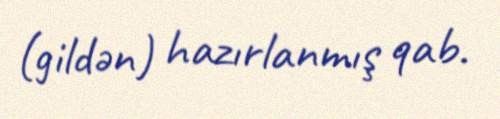
(gildən) hazırlanmış qab.